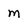
Character: m